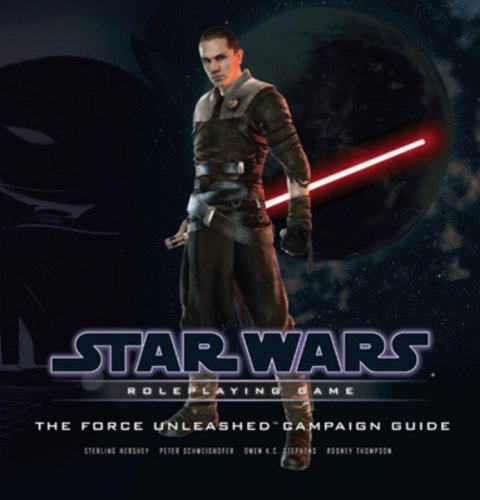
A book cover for The Force Unleashed Campaign Guide (Star Wars Roleplaying Game); Sterling Hershey; Science Fiction & Fantasy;